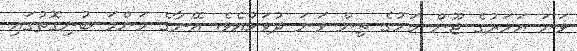
ވަނަ އަހަރުގެ ޖޫން މަހުގެ ތިން ވަނަ ދުވަހުއެވެ. އޭނާގެ މަންމަ ބުނިގޮތުގައި